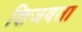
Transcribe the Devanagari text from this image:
शिजवता